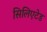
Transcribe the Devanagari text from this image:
सिलिएटेड